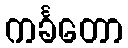
ကင်္ခတော